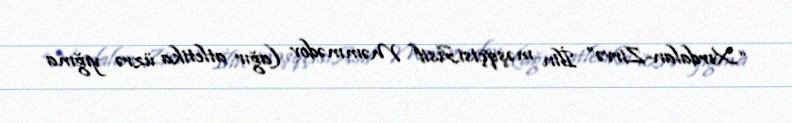
“Xırdalan-Zirvə” İlin məşqçisiAsif Məmmədov (ağır atletika üzrə yığma